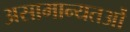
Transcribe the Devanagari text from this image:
असामान्यतओं